Vaccination in Bombay 1889-1901 - 1889-1901
Year: 1889
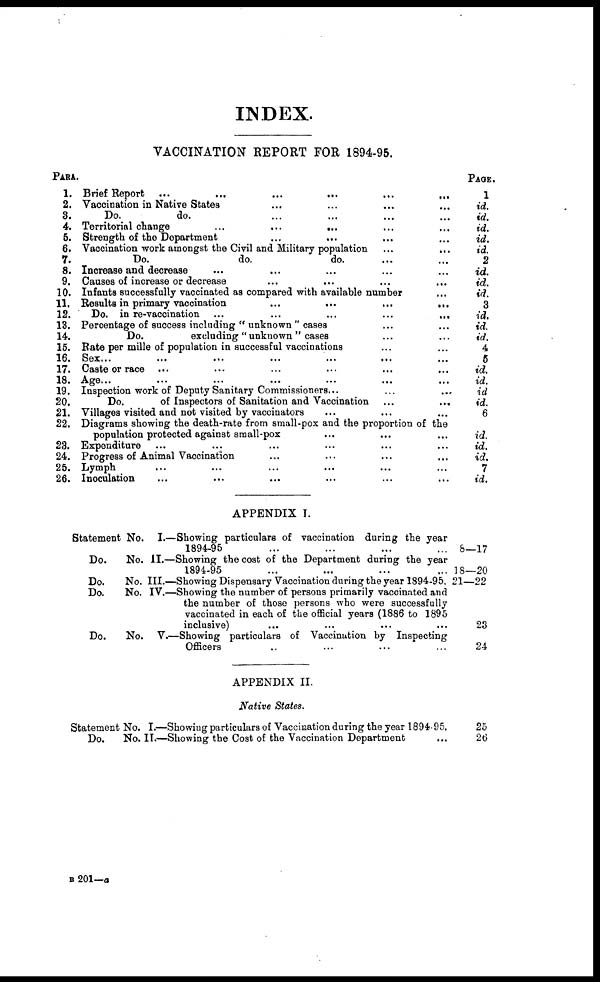
INDEX.
VACCINATION REPORT FOR 1894-95.
PARA.
1.
2.
3.
4.
5.
6.
7.
8.
9.
10.
11.
12.
13.
14.
15.
16.
17.
18.
19.
20.
21.
22.
23.
24.
25.
26.
Brief Report ...
...
...
...
...
...
Vaccination in Native States ... ... ... ...
Do.
do.
...
...
...
...
Territorial change
...
...
...
Strength of the Department ... ... ...
Vaccination work amongst the Civil and Military population ... ...
Do.
do.
do. ... ...
Increase and decrease ... ... ... ...
Causes of increase or decrease ... ... ... ...
Infants successfully vaccinated as compared with available number ...
Results in primary vaccination
...
...
...
...
Do. in re-vaccination ...
...
...
...
...
Percentage of success including " unknown " cases ... ...
Do.
excluding " unknown " cases ... ...
Rate per mille of population in successful vaccinations ... ...
Sex... ... ... ... ...
Caste or race ... ... ... ... ...
Age...
...
...
...
Inspection work of Deputy Sanitary Commissioners... ... ...
Do.
of Inspectors of Sanitation and Vaccination
...
...
Villages visited and not visited by vaccinators ... ... ...
Diagrams showing the death-rate from small-pox and the proportion of the
population protected against small-pox ... ... ... ...
Expenditure ... ... ... ... ... ...
Progress of Animal Vaccination ... ... ... ...
Lymph ... ... ... ... ...
Inoculation ... ... ... ... ... ...
PAGE.
1
id.
id.
id.
id.
id.
2
id.
id.
id.
3
id.
id.
id.
4
5
id.
id.
id
id.
6
id.
id.
id.
7
id.
APPENDIX I.
Statement No.
Do.
Do.
Do.
Do.
No.
No.
No.
No.
I.—
II.—
III.—
IV.—
V.—
Showing particulars of vaccination during the year
1894-95
Showing the cost of the Department during the year
1894-95
Showing Dispensary Vaccination during the year 1894-95.
Showing the number of persons primarily vaccinated and
the number of those persons who were successfully
vaccinated in each of the official years (1886 to 1895
inclusive)
Showing particulars of Vaccination by Inspecting
Officers
8—17
18—20
21—22
23
24
APPENDIX II.
Native States.
Statement
Do.
No.
No.
I.—
II.—
Showing particulars of Vaccination during the year 1894-95.
Showing the Cost of the Vaccination Department
25
26
B 201—a